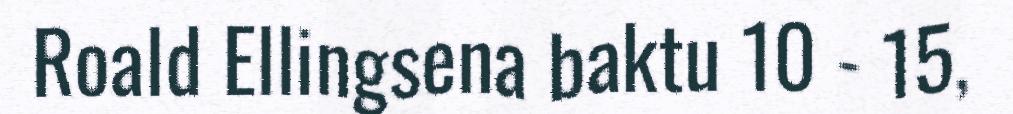
Roald Ellingsena baktu 10 - 15,